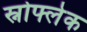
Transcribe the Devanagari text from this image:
स्नोफ्लेक